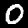
Digit: 0